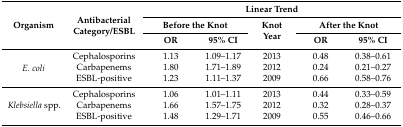
| <ROWSPAN=3> Organism | <ROWSPAN=3> Antibacterial Category/ESBL | <COLSPAN=5> Linear Trend |
 | <COLSPAN=2> Before the Knot | <ROWSPAN=2> Knot Year | <COLSPAN=2> After the Knot |
 | OR | 95% CI | OR | 95% CI |
 | --- | --- | --- | --- | --- | --- | --- |
 | <ROWSPAN=3> E. coli | Cephalosporins | 1.13 | 1.09–1.17 | 2013 | 0.48 | 0.38–0.61 |
 | Carbapenems | 1.80 | 1.71–1.89 | 2012 | 0.24 | 0.21–0.27 |
 | ESBL-positive | 1.23 | 1.11–1.37 | 2009 | 0.66 | 0.58–0.76 |
 | <ROWSPAN=3> Klebsiella spp. | Cephalosporins | 1.06 | 1.01–1.11 | 2013 | 0.44 | 0.33–0.59 |
 | Carbapenems | 1.66 | 1.57–1.75 | 2012 | 0.32 | 0.28–0.37 |
 | ESBL-positive | 1.48 | 1.29–1.71 | 2009 | 0.55 | 0.46–0.66 |